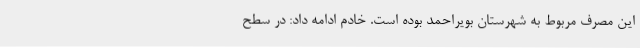
این مصرف مربوط به شهرستان بویراحمد بوده است. خادم ادامه داد: در سطح